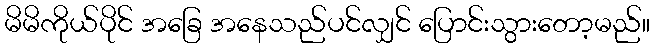
မိမိကိုယ်ပိုင် အခြေ အနေသည်ပင်လျှင် ပြောင်းသွားတော့မည်။